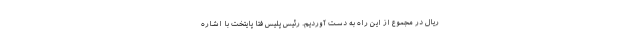
ریال در مجموع از این راه به دست آوردیم. رئیس پلیس فتا پایتخت با اشاره